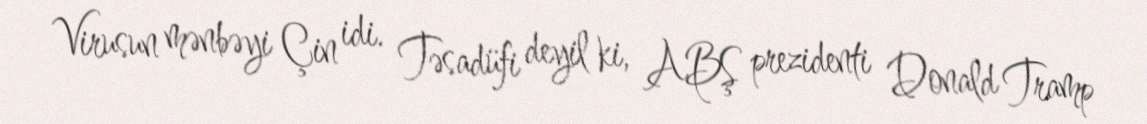
Virusun mənbəyi Çin idi. Təsadüfi deyil ki, ABŞ prezidenti Donald Tramp